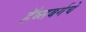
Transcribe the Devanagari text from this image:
हॅब्सबर्गचे